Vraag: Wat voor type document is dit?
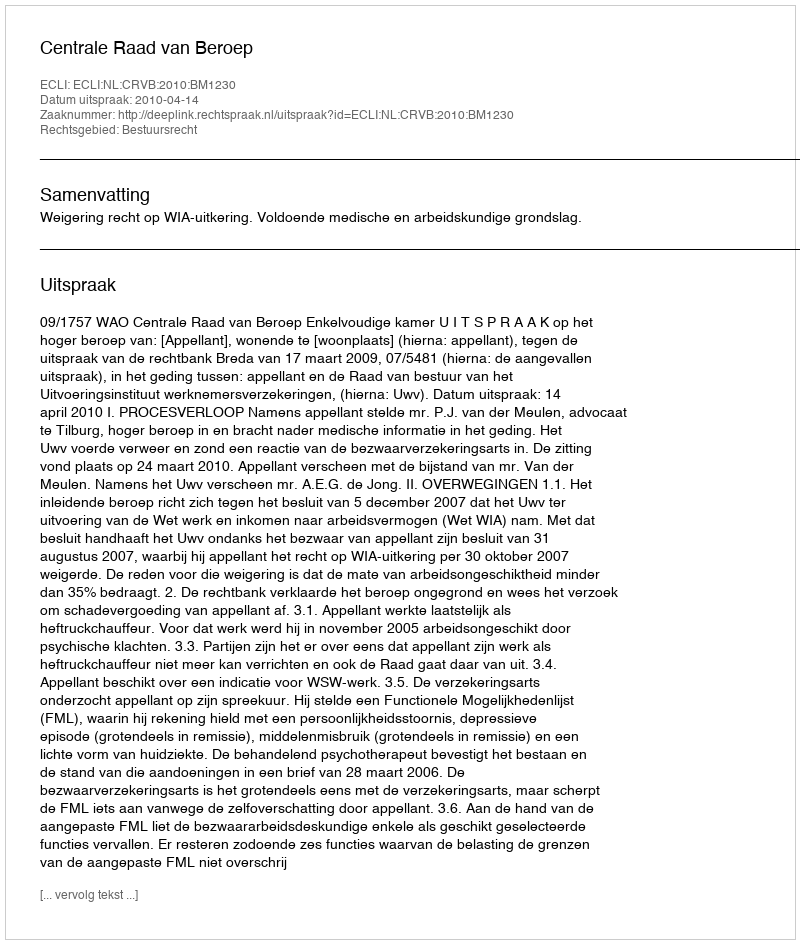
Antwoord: Uitspraak